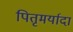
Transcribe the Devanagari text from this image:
पितृमर्यादा